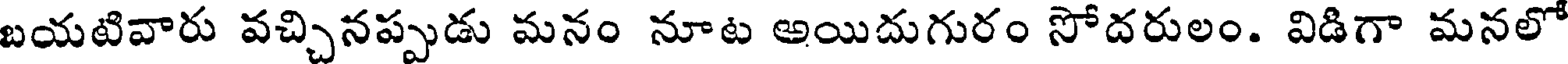
బయటివారు వచ్చినప్పుడు మనం నూట అయిదుగురం సోదరులం. విడిగా మనలో